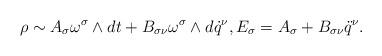
LaTeX: \begin{gather*}\rho \sim A_\sigma \omega^\sigma \land dt + B_{\sigma \nu} \omega^\sigma \land d\dot q^\nu, E_\sigma = A_\sigma + B_{\sigma \nu} \ddot q^\nu.\end{gather*}